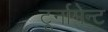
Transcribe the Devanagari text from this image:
टूर्नामेन्ट